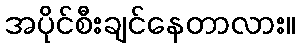
အပိုင်စီးချင်နေတာလား။